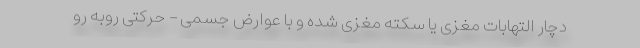
دچار التهابات مغزی یا سکته مغزی شده و با عوارض جسمی – حرکتی روبه رو